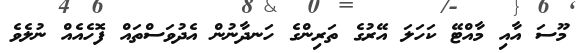
މޫސަ އާއި މާއްޓޭ ކަހަލަ އޭރުގެ ތަރިންގެ ހަނދާނުން އެދުވަސްތައް ފޮހެއެއް ނުލެވެ